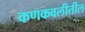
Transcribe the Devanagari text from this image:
कणकवलीतील